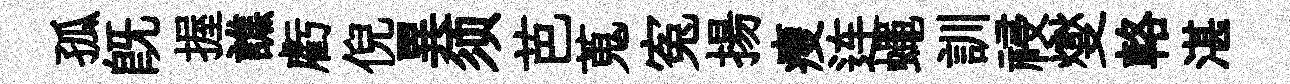
孤旣握譙虧倪異须芭蒐寃揚瘦连蠅訓祲燮輅湛